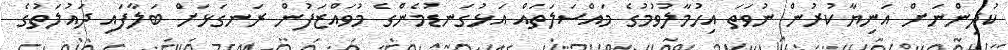
ކުދިންނަށް އަނިޔާކުރުން ނުވަތަ އިހުމާލުވުމުގެ މައްސަލަތައް އަޅުގަނޑުމެންގެ މުވައްޒަފުން ރަނގަޅަށް ބަލާފައި ދައުލަތުގެ